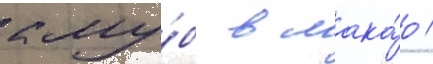
клу́б в мака́о /